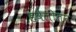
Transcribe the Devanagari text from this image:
हवेलीतून